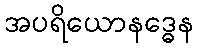
အပရိယောနဒ္ဓေန